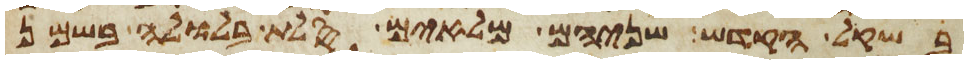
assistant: בשקל הקדש שניהם מלאים סלת בלולה בשמן